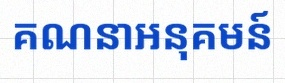
គណនាអនុគមន៍